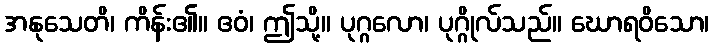
အနုသေတိ၊ ကိန်း၏။ ဧဝံ၊ ဤသို့။ ပုဂ္ဂလော၊ ပုဂ္ဂိုလ်သည်။ ဃောရဝိသော၊